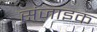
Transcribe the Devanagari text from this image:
संजाइक